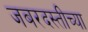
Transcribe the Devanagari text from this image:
जबरदस्तीच्या